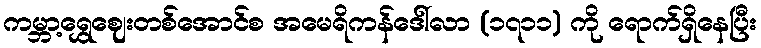
ကမ္ဘာ့ရွှေဈေးတစ်အောင်စ အမေရိကန်ဒေါ်လာ (၁၇၁၁) ကို ရောက်ရှိနေပြီး